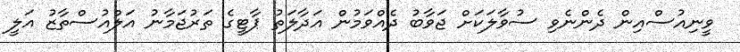
ވީނިއުސްއިން ދެންނެވި ސުވާލަކަށް ޖަވާބު ދެއްވަމުން އަދާލަތު ޕާޓީގެ ތަރުޖަމާނު އަލްއުސްތާޒު އަލީ